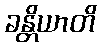
ခန္တိယာတိ